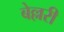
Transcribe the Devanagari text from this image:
बेल्लरी